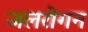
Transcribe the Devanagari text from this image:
जलरोगन